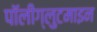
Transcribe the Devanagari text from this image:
पॉलीग्लुटमाइन